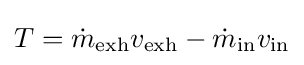
T={\dot {m}}_{\mathrm {exh} }v_{\mathrm {exh} }-{\dot {m}}_{\mathrm {in} }v_{\mathrm {in} }